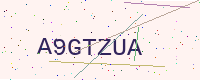
Text: A9GTZUA